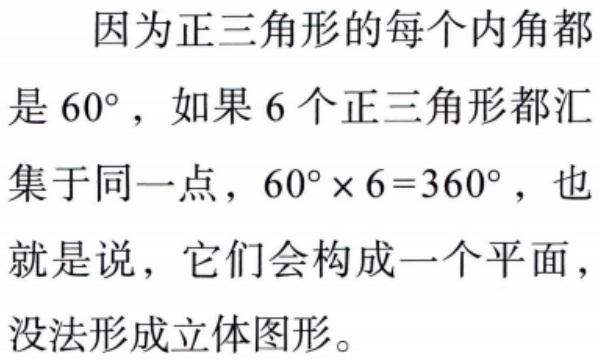
因为正三角形的每个内角都
是 \(60^{\circ}\)，如果 \(6\) 个正三角形都汇
集于同一点，\(60^{\circ} \times 6 = 360^{\circ}\)，也
就是说，它们会构成一个平面，
没法形成立体图形。